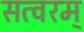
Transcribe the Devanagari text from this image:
सत्वरम्